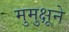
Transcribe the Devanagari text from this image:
मुमुक्षूने